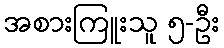
အစားကြူးသူ ၅-ဦး